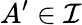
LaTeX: A^{\prime}\in{\mathcal{I}}